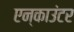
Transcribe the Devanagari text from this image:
एन्‌काउंटर